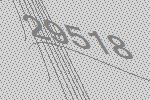
29518